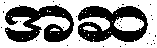
အဆ